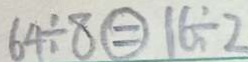
6 4 \div 8 \textcircled { = } 1 6 \div 2